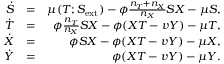
\begin{array} { r l r } { \dot { S } } & { = } & { \mu ( T ; S _ { \mathrm { e x t } } ) - \phi \frac { n _ { T } + n _ { X } } { n _ { X } } S X - \mu S , } \\ { \dot { T } } & { = } & { \phi \frac { n _ { T } } { n _ { X } } S X - \phi ( X T - v Y ) - \mu T , } \\ { \dot { X } } & { = } & { \phi S X - \phi ( X T - v Y ) - \mu X , } \\ { \dot { Y } } & { = } & { \phi ( X T - v Y ) - \mu Y . } \end{array}